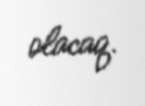
olacaq.